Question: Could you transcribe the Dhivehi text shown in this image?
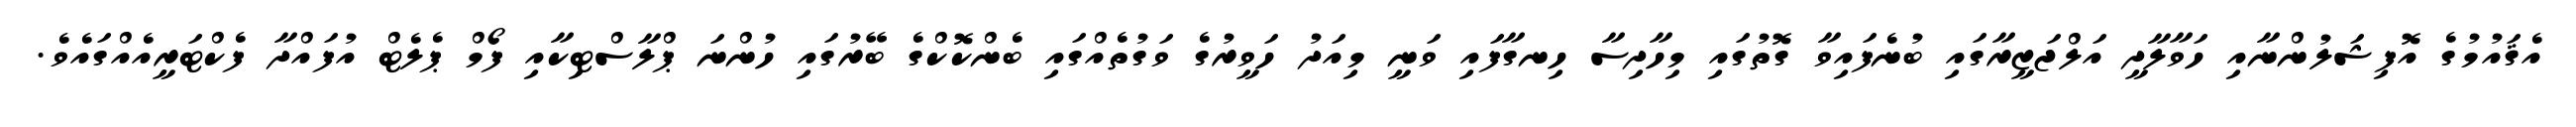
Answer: އެޤައުމުގެ އޮފިޝަލުންނާއި ހަވާލާދީ އަލްޖަޒީރާގައި ބުނެފައިވާ ގޮތުގައި މިހާދިސާ ހިނގާފައި ވަނީ މިއަދު ހަވީރުގެ ވަގުތެއްގައި ބެންކޮކްގެ ބޭރުގައި ހުންނަ ޕްލާސްޓިކާއި ފޯމް ޕެލެޓް އުފައްދާ ފެކްޓަރީއެއްގައެވެ.